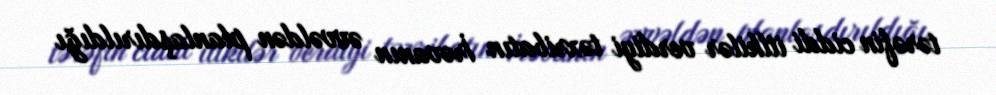
tərəfin ciddi itlkilər verdiyi təxribatın İrəvanın əvvəldən planlaşdırıldığı